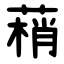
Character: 䔠